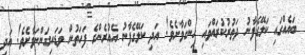
ބައެއްގައި ކަލޭގެފާނު ދަތުރުކުރައްވައި ހިންގަވާށެވެ! އަދި ކަލޭގެފާނު އެއުރެންގެ ފަހަތުން ވަޑައިގަންނަވާށެވެ! އަދި